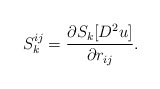
\begin{align*}S^{ij}_k = \frac{\partial S_k [D^2u]}{\partial r_{ij}}.\end{align*}